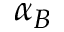
\alpha _ { B }